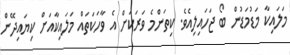
މަލައިކާ މަޑުމަޑުން ބޯ ޖަހައިލިއެވެ. ކިތަންމެ ވަރަކަށް އެ ވާހަކަތައް މަަލައިކާއަށް ކިޔައިދޭން